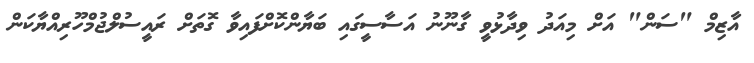
އާޒިމް "ސަން" އަށް މިއަދު ވިދާޅުވީ ގާނޫނު އަސާސީގައި ބަޔާންކޮށްފައިވާ ގޮތަށް ރައީސުލްޖުމްހޫރިއްޔާކަން